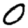
Digit: 0